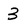
Character: 3